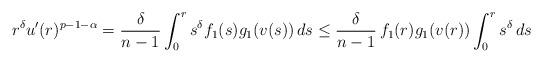
LaTeX: \begin{align*} r^\delta u'(r)^{p-1-\alpha}= \frac{\delta}{n-1} \int_0^r s^\delta f_1(s) g_1(v(s)) \,ds\leq \frac{\delta}{n-1} \,f_1(r)g_1(v(r)) \int_0^r s^\delta \,ds\end{align*}